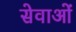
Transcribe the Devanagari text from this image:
सेवाओंं